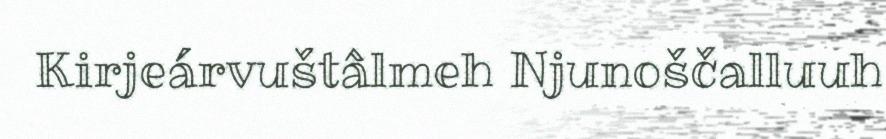
Kirjeárvuštâlmeh Njunoščalluuh